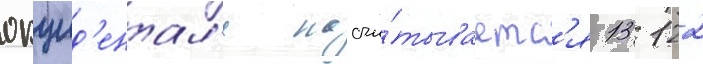
окцид'ентал'е насчи́тываетс'я 13 122